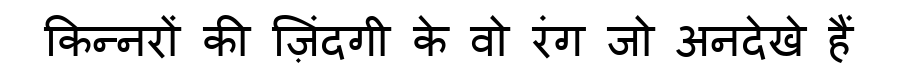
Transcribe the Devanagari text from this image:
किन्नरों की ज़िंदगी के वो रंग जो अनदेखे हैं